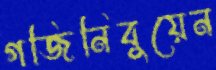
গজিনিবুয়েন